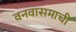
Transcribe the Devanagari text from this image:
वनवासमाची